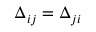
\Delta _ { i j } = \Delta _ { j i }